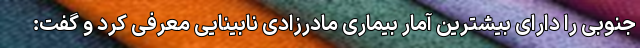
جنوبی را دارای بیشترین آمار بیماری مادرزادی نابینایی معرفی کرد و گفت: